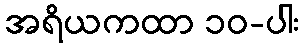
အရိယကထာ ၁၀-ပါး